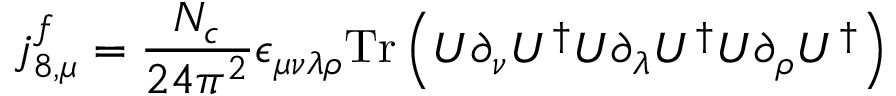
j _ { 8 , \mu } ^ { f } = \frac { N _ { c } } { 2 4 \pi ^ { 2 } } \epsilon _ { \mu \nu \lambda \rho } \mathrm { T r } \left( U \partial _ { \nu } U ^ { \dagger } U \partial _ { \lambda } U ^ { \dagger } U \partial _ { \rho } U ^ { \dagger } \right)